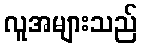
လူအများသည်